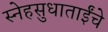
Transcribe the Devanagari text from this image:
स्नेहसुधाताईंचे